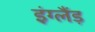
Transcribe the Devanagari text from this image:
इंग्लैंड़